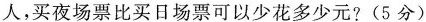
人，买夜场票比买日场票可以少花多少元?(5分)